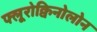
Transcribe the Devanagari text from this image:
फ्लूरोक्विनोलोन